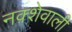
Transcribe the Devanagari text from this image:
नक़्शेवाली